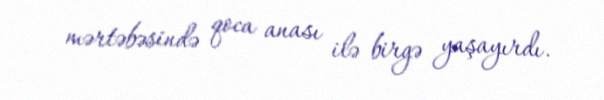
mərtəbəsində qoca anası ilə birgə yaşayırdı.